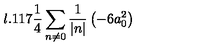
l . 1 1 7 \frac { 1 } { 4 } \sum _ { n \neq 0 } \frac { 1 } { | n | } \left( - 6 a _ { 0 } ^ { 2 } \right)